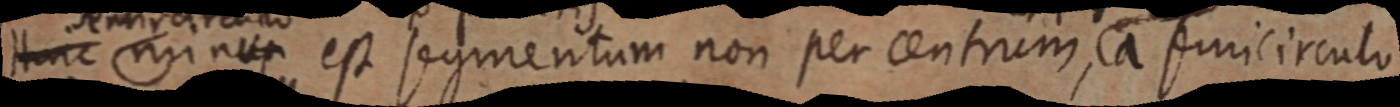
Hinc minus est segmentum non per centrum, ca semicirculo